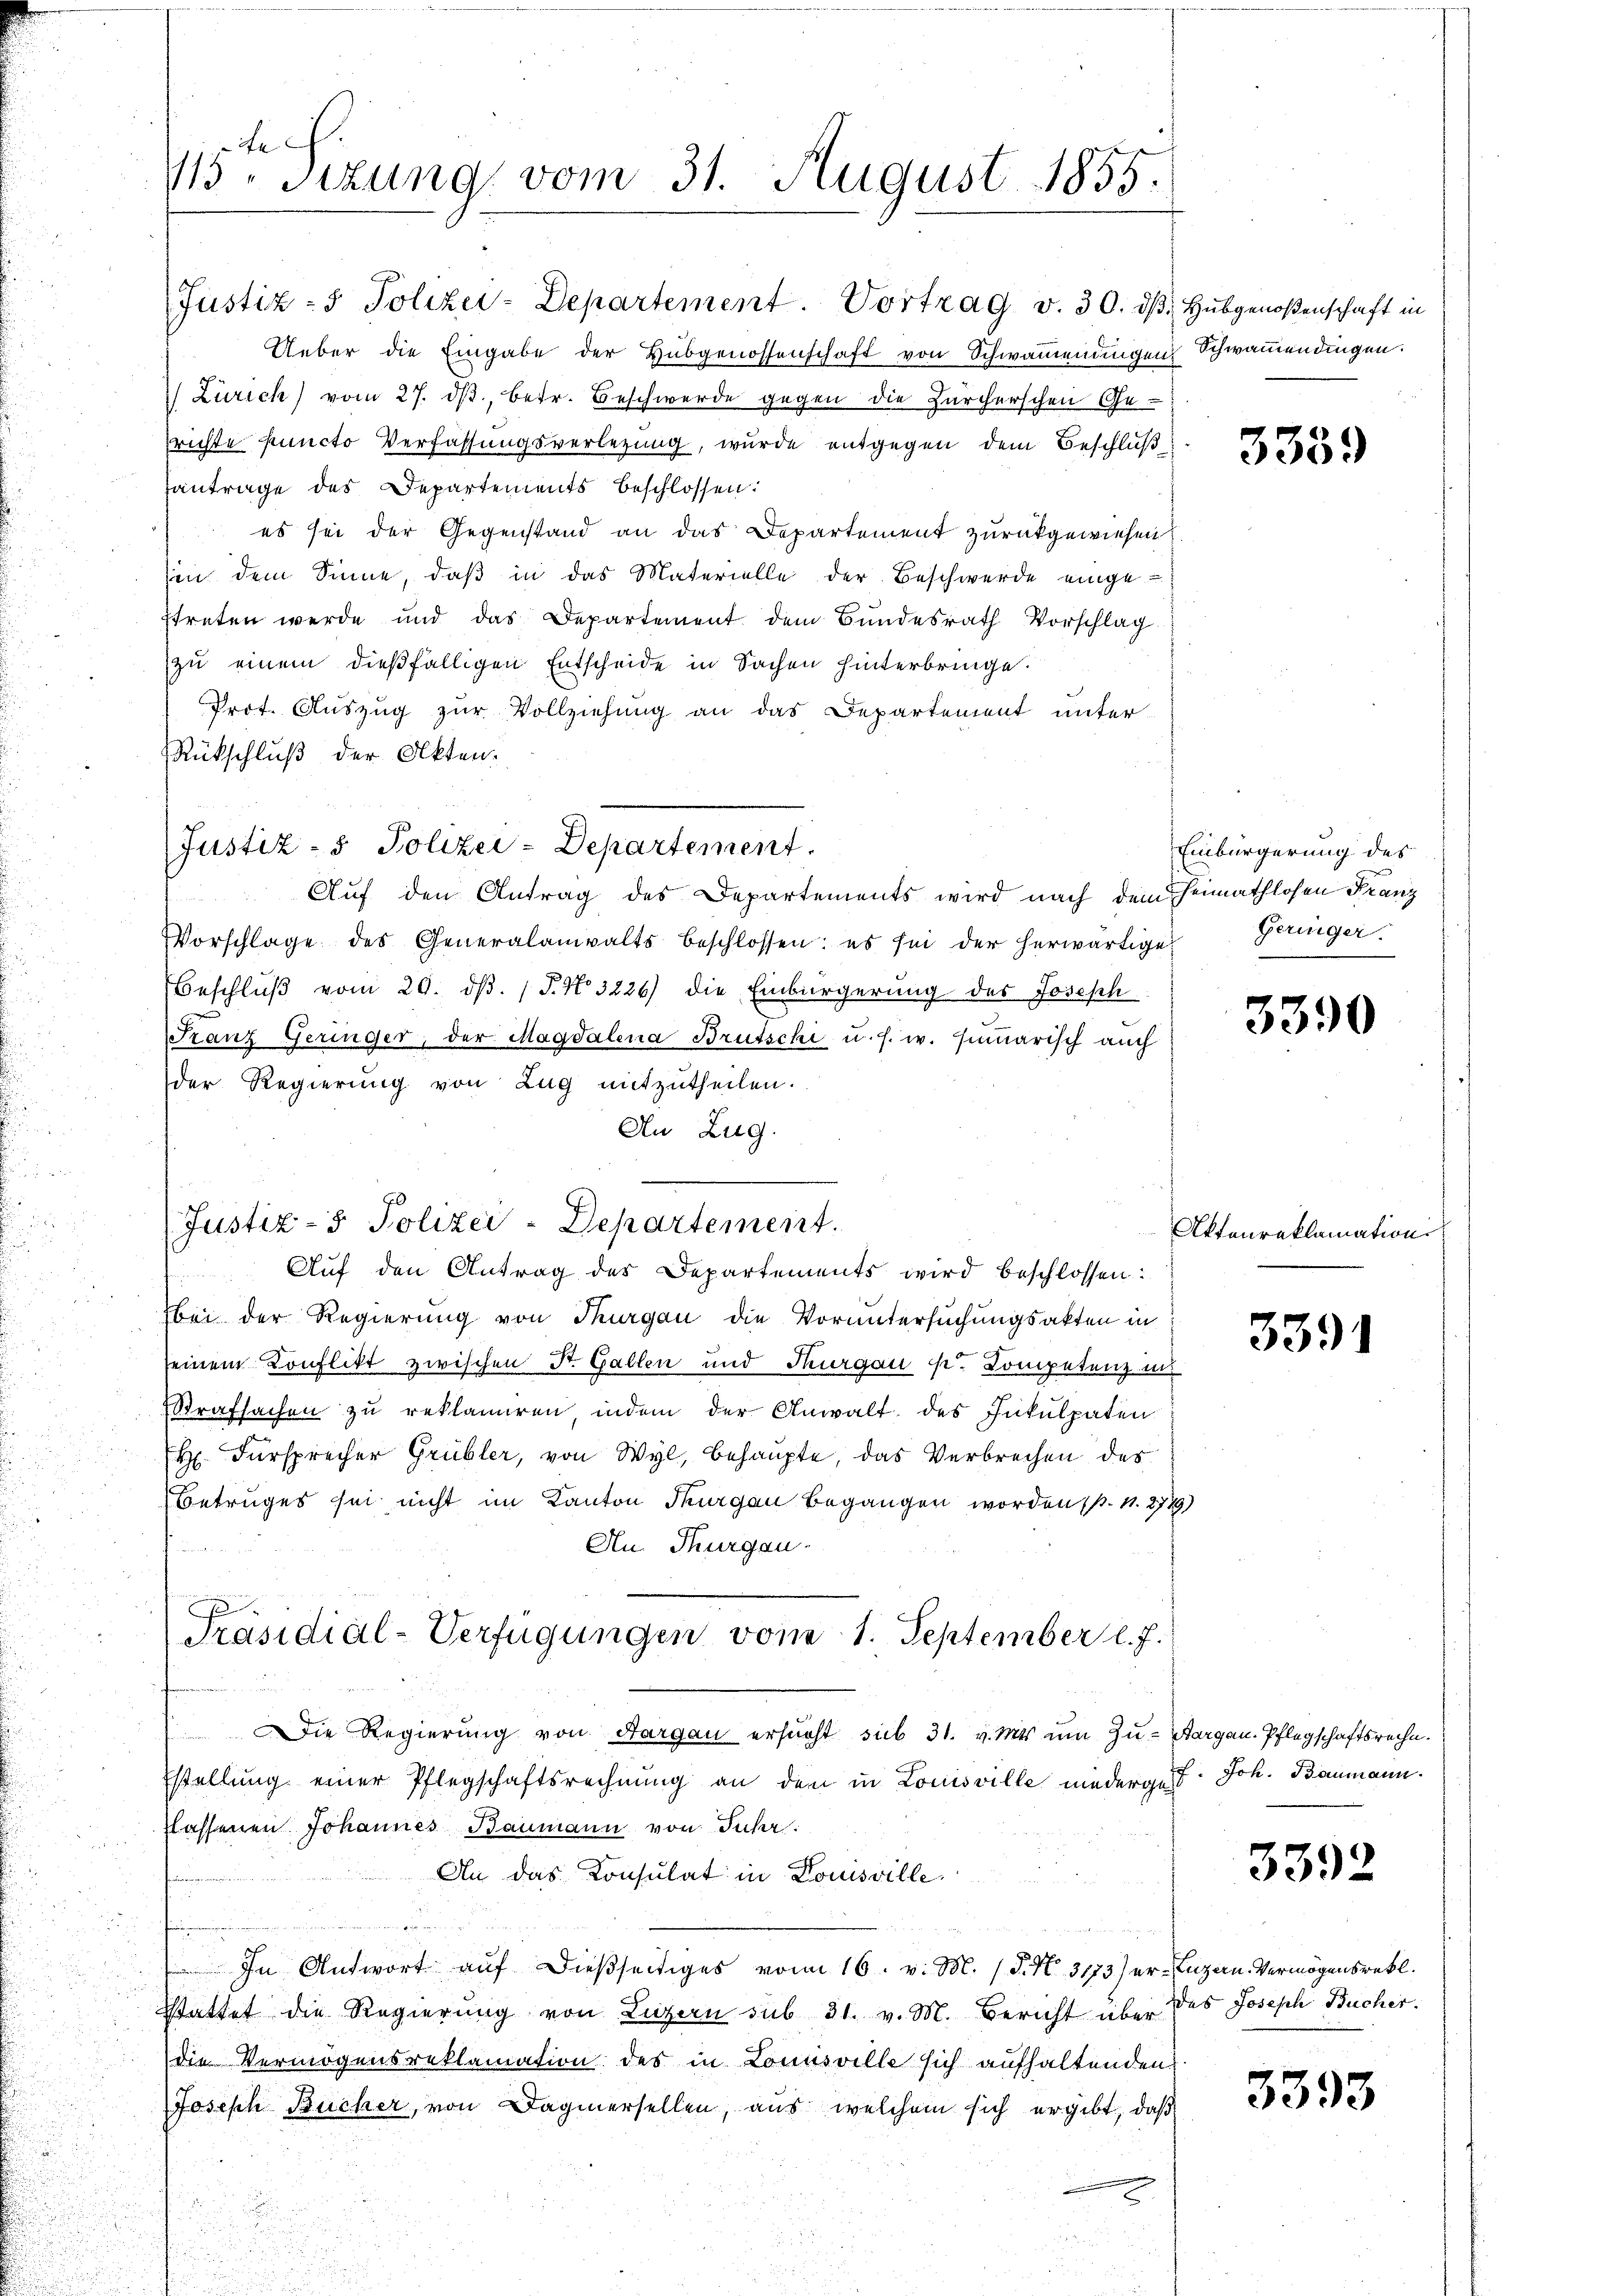
115. Sitzung vom 31. August 1855.

Justiz- & Polizei-Departement.

Justiz- & Polizei-Departement. Vortrag v. 30. dβ Hubgenoßenschaft in
Ueber die Eingabe der Hubgenossenschaft von Schwamenungen Schwamendingen.
 Zürich) vom 27. ds., betr. Beschwerde gegen die Zürcherschen Gerichte Puncto Verfassungsverlegung, wurde entgegen dem Beschluß
antrage des Departements beschlossen:
es sei der Gegenstand an das Departement zurückgewiesen.
hin dem Sinne, daß in das Materielle der Beschwerde einge
streten werde und das Departement dem Bundesrath Vorschlag
zu einem dießfälligen Entscheide in Sachen hinterbringe.
Prot. Auszug zur Vollziehung an das Departement unter
Rückschluß der Akten.
Auf den Antrag des Departements wird nach dem Heimathlosen Franz
Vorschlage des Generalanwalts beschlossen: es sei der herwärtige
Beschluß vom 20. ds. (T. No. 3226) die Einbürgerung des Joseph
Franz Geringer, der Magdalena Brutschi u. s. w. hinarisch auch
der Regierung von Lug mitzutheilen.
An Zug.
Justiz- & Polizei-Departement.
Aŭf den Antrag des Departements wird beschlossen:
bei der Regierung von Thurgau die Voruntersuchungsakten in
seinem Konflikt zwischen St. Gallen und Thurgau s. Competenz in
Strafsachen zŭ reklamiren indem der Anwalt des Inkulpaten
 Fürsprecher Grübler, von Wyl, behaupte, das Verbrechen des
Betruges sei nicht im Kanton Thurgau begangen worden (p. N. 2749)
An Thurgau.
x
Präsidial-Verfügungen vom 1. September l. J.
 Die Regierung von Aargau ersucht sub 31. v. Mts um Zu- Aargau, Pflegschaftsrechn.
stellung einer Pflegschaftsrechnung an den in Louisville niederges
Klassenen Johannes Baumann von Juhr.
An das Consulat in Louisville.
d
 In Antwort auf dießseitiges vom 16. v. M. (T. N. 3173) er-Luzern Vermögensretl.
stattet die Regierung von Luzern sub 31. v. M. Bericht über des Joseph Bucher.
die Vermögensreklamation des in Louisville sich aufhaltenden
Joseph Bücher, von Dogmersellen, aus welchem sich ergibt, daß

.
.

3359

Einbürgerung des
Geringer

3390

Aktenreklamation

3391

Joh. Baumann.

3392

3393